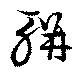
輧